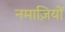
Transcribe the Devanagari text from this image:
नमाज़ियों